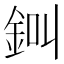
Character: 𨦀